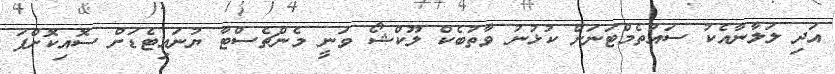
އަދި ލަލާނާއެކު ސައުތެމްޓަނަށް ކުޅުނު ވާތުބެކް ލޫކްޝޯ ވަނީ މެންޗެސްޓާ ޔުނައިޓެޑަށް ސޮއިކޮށްފަ